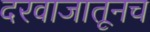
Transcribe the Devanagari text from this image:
दरवाजातूनच